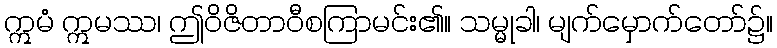
ဣမံ ဣမဿ၊ ဤဝိဇိတာဝီစကြာမင်း၏။ သမ္မုခါ၊ မျက်မှောက်တော်၌။